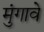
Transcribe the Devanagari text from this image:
मुंगावे